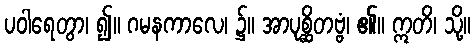
ပဝါရေတွာ၊ ၍။ ဂမနကာလေ၊ ၌။ အာပုစ္ဆိတဗ္ဗံ၊ ၏။ ဣတိ၊ သို့။